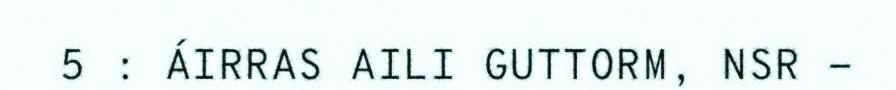
5 : ÁIRRAS AILI GUTTORM, NSR -